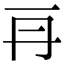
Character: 𠕂